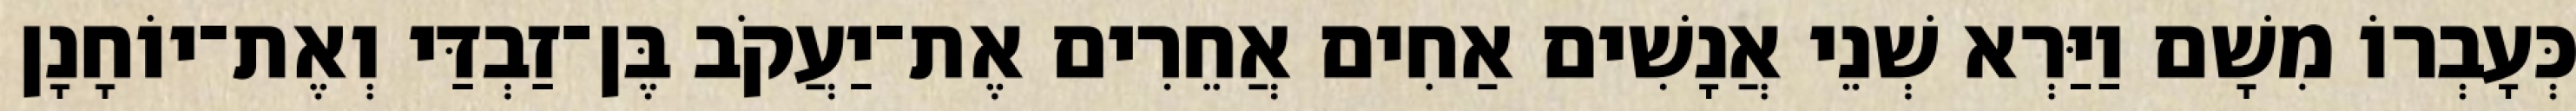
כְּעָבְרוֹ מִשָׁם וַיַּרְא שְׁנֵי אֲנָשִׁים אַחִים אֲחֵרִים אֶת־יַעֲקֹב בֶּן־זַבְדַּי וְאֶת־יוֹחָנָן